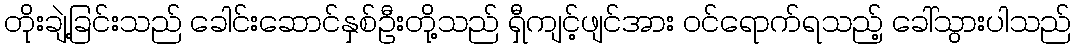
တိုးချဲ့ခြင်းသည် ခေါင်းဆောင်နှစ်ဦးတို့သည် ရှီကျင့်ဖျင်အား ဝင်ရောက်ရသည့် ခေါ်သွားပါသည်